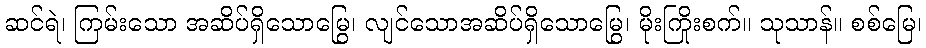
ဆင်ရဲ၊ ကြမ်းသော အဆိပ်ရှိသောမြွေ၊ လျင်သောအဆိပ်ရှိသောမြွေ၊ မိုးကြိုးစက်။ သုသာန်။ စစ်မြေ၊